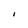
Character: l